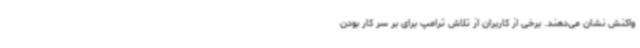
واکنش نشان می‌دهند. برخی از کاربران از تلاش ترامپ برای بر سر کار بودن